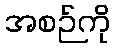
အစဉ်ကို